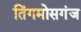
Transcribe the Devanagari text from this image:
तिंगमोसगंज